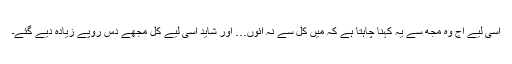
اسی لیے آج وہ مجھ سے یہ کہنا چاہتا ہے کہ میں کل سے نہ آئوں… اور شاید اسی لیے کل مجھے دس روپے زیادہ دیے گئے۔